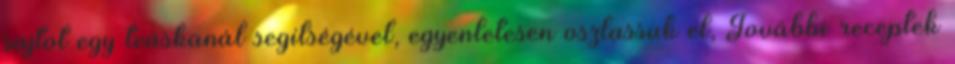
sajtot egy teáskanál segítségével, egyenletesen oszlassuk el, További receptek